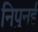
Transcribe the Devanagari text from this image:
निपुनई